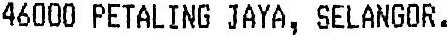
46000 PETALING JAYA, SELANGOR.